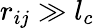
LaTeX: r_{ij}\gg l_{c}